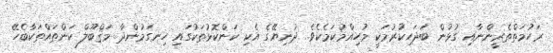
ރަހުމަތްތެރީންނާއި ގުޅުން ބަދަހިކުރުމަކީ މުހިއްމުކަމެކެވެ. ދުނިޔޭގެ އެކި ކަންކޮޅުތަކުގައި ހިނގަމުންދާ މަޤްބޫލް ކަންތައްތަކާބެހޭ